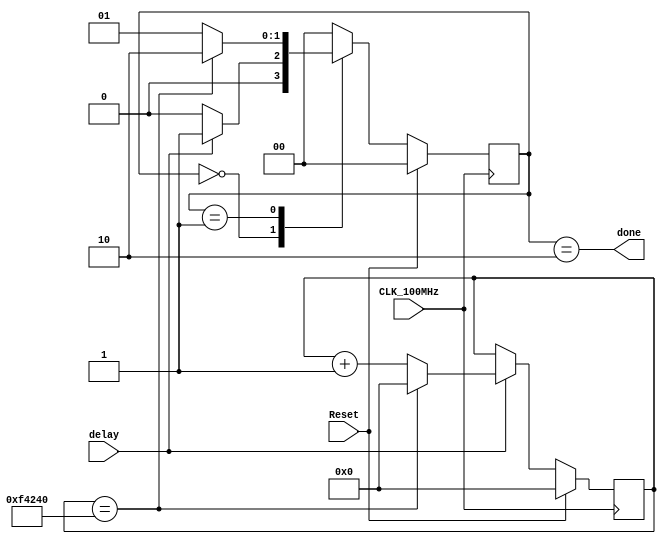
module delayStateMachine(done, delay, CLK_100MHz, Reset);
    output done;
    input  delay;
    input  CLK_100MHz, Reset;

    reg [1:0] state, nState;
    reg [19:0] count;
    parameter SIDLE=2'b00, SCOUNT=2'b01, SDONE=2'b10;

    always @(posedge CLK_100MHz) begin
        if(Reset)
            state <= SIDLE;
        else
            state <= nState;
    end

    always @(posedge CLK_100MHz) begin
        if(Reset)
            count <= 20'd0;
        else if (delay)
            count <= (count == 20'd1000000) ? 20'd0 : count + 1;
        else 
            count <= count;
    end

    always @(state, delay, count) begin
        case(state)
            SIDLE   : nState = delay ? SCOUNT : SIDLE;
            SCOUNT  : nState = (count == 20'd1000000) ? SDONE : SCOUNT;
            SDONE  :  nState = SIDLE;
            default : nState = SIDLE;
        endcase
    end

    assign done = (state == SDONE);

endmodule